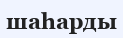
шаһарды